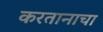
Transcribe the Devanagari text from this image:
करतानाचा